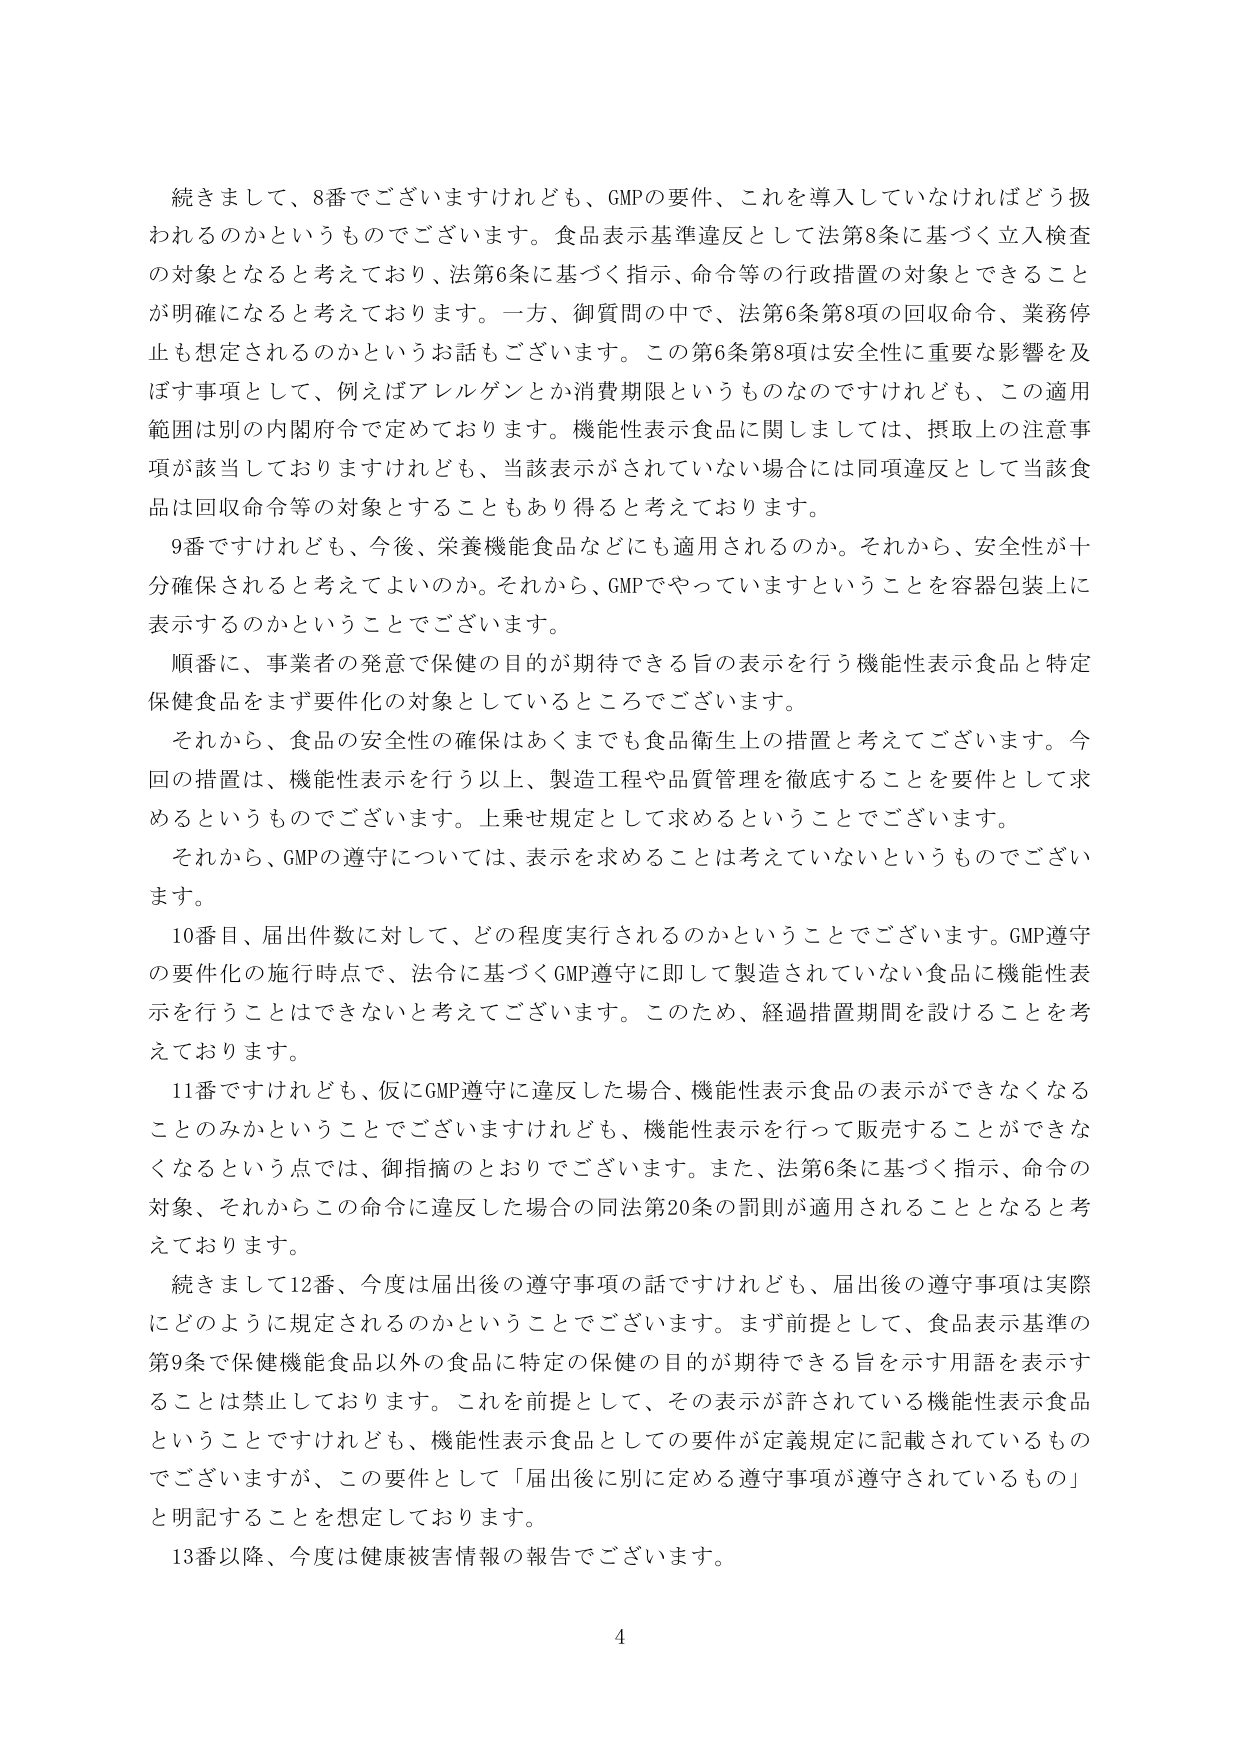
続きまして、8番でございますけれども、GMPの要件、これを導入していなければどう扱われるのかというものですございます。食品表示基準違反として法第8条に基づく立入検査の対象となると考えており、法第6条に基づく指示、命令等の行政措置の対象とできることが明確になると考えております。一方、御質問の中で、法第6条第8項の回収命令、業務停止も想定されるのかというお話もございます。この第6条第8項は安全性に重要な影響を及ぼす事項として、例えばアレルゲンとか消費期限というものなのですがけれども、この適用範囲は別の内閣府令で定めております。機能性表示食品に関しましては、摂取上の注意事項が該当しておりますけれども、当該表示がされていない場合には同項違反として当該食品は回収命令等の対象とすることもあり得ると考えております。

9番ですけれども、今後、栄養機能食品などにも適用されるのか。それから、安全性が十分確保されると考えてよいのか。それから、GMPでやっていますということを容器包装上に表示するのかということでございます。

順番に、事業者の発意で保健の目的が期待できる旨の表示を行う機能性表示食品と特定保健食品をまず要件化の対象としているところでございます。

それから、食品の安全性の確保はあくまでも食品衛生上の措置と考えております。今回の措置は、機能性表示を行う以上、製造工程や品質管理を徹底することを要件として求めるというものですございます。上乗せ規定として求めるということでございます。

それから、GMPの遵守については、表示を求めることは考えていないというものですございます。

10番目、届出件数に対して、どの程度実行されるのかということでございます。GMP遵守の要件化の施行時点で、法令に基づくGMP遵守に即して製造されていない食品に機能性表示を行うことはできないと考えております。このため、経過措置期間を設けることを考えております。

11番ですけれども、仮にGMP遵守に違反した場合、機能性表示食品の表示ができなくなることのみかということでございますけれども、機能性表示を行って販売することができなくなるという点では、御指摘のとおりでございます。また、法第6条に基づく指示、命令の対象、それからこの命令に違反した場合の同法第20条の罰則が適用されることとなると考えております。

続きまして12番、今度は届出後の遵守事項の話ですけれども、届出後の遵守事項は実際にどのように規定されるのかということでございます。まず前提として、食品表示基準の第9条で保健機能食品以外の食品に特定の保健の目的が期待できる旨を示す用語を表示することは禁止しております。これを前提として、その表示が許されている機能性表示食品ということでございますけれども、機能性表示食品としての要件が定義規定に記載されているものでございますが、この要件として「届出後に別に定める遵守事項が遵守されているもの」と明記することを想定しております。

13番以降、今度は健康被害情報の報告でございます。

4